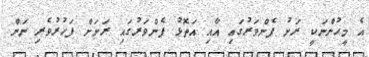
އެ މީހުންނަކީ ރަށު ފެންވަރުގައި އާއި އަތޮޅު ފެންވަރުގައި ރަށަށް ފަހުރުވެރި ނަން